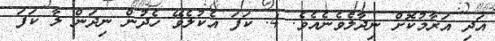
އަދި އަރާމުކޮށް ނިދާލެވެނެއެވެ. 4. ކަފަ އެކުލެވޭ ހެދުން ނިދަން ލާ ކަފަ